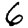
Digit: 6